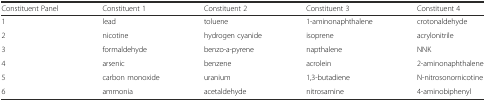
| Constituent Panel | Constituent 1 | Constituent 2 | Constituent 3 | Constituent 4 |
 | --- | --- | --- | --- | --- |
 | 1 | lead | toluene | 1-aminonaphthalene | crotonaldehyde |
 | 2 | nicotine | hydrogen cyanide | isoprene | acrylonitrile |
 | 3 | formaldehyde | benzo-a-pyrene | napthalene | NNK |
 | 4 | arsenic | benzene | acrolein | 2-aminonaphthalene |
 | 5 | carbon monoxide | uranium | 1,3-butadiene | N-nitrosonornicotine |
 | 6 | ammonia | acetaldehyde | nitrosamine | 4-aminobiphenyl |